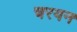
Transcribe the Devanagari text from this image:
चरयन